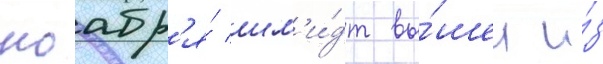
ноабр'я́ шм'и́дт вы́шел и́з